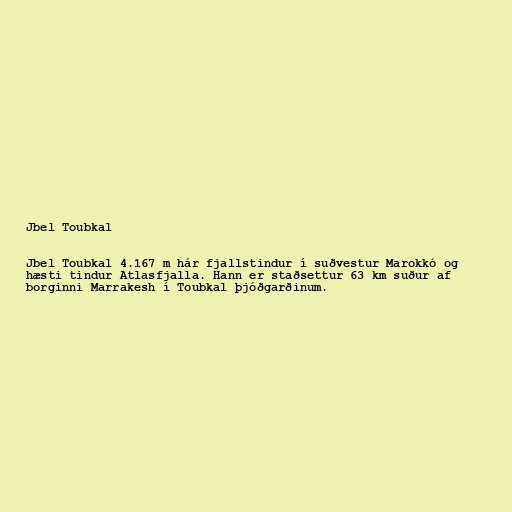
Jbel Toubkal

Jbel Toubkal 4.167 m hár fjallstindur í suðvestur Marokkó og
hæsti tindur Atlasfjalla. Hann er staðsettur 63 km suður af
borginni Marrakesh í Toubkal þjóðgarðinum.